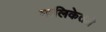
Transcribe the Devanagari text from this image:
मालिकेतले